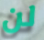
لن